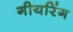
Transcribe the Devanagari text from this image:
गीयरिंग